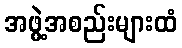
အဖွဲ့အစည်းများထံ